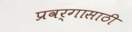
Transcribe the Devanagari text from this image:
प्रवर्गासाठी